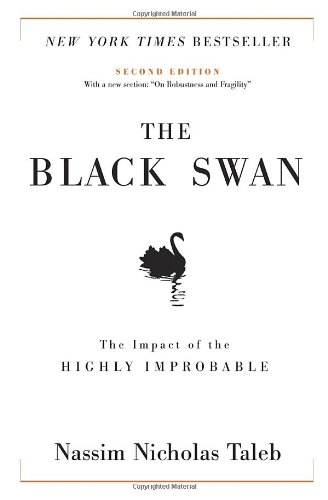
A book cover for The Black Swan: The Impact of the Highly Improbable (Incerto); Nassim Nicholas Taleb; Business & Money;